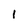
Character: 1